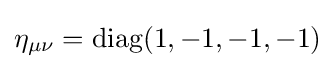
\eta _{\mu \nu }=\operatorname {diag} (1,-1,-1,-1)